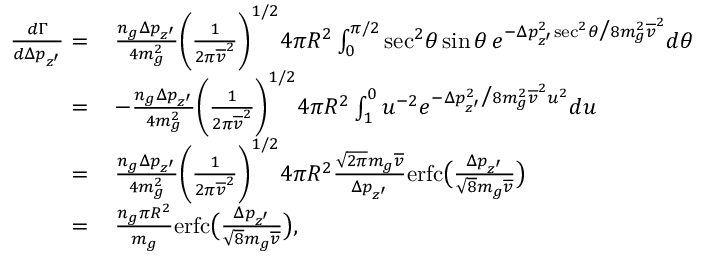
\begin{array} { r l } { \frac { d \Gamma } { d \Delta p _ { z ^ { \prime } } } = } & { \, \frac { n _ { g } \Delta p _ { z ^ { \prime } } } { 4 m _ { g } ^ { 2 } } \bigg ( \frac { 1 } { 2 \pi \overline { { v } } ^ { 2 } } \bigg ) ^ { 1 / 2 } 4 \pi R ^ { 2 } \int _ { 0 } ^ { \pi / 2 } \mathrm { s e c } ^ { 2 } \theta \, \mathrm { s i n } \, \theta \, e ^ { - \Delta p _ { z ^ { \prime } } ^ { 2 } \mathrm { s e c } ^ { 2 } \theta \big / 8 m _ { g } ^ { 2 } \overline { { v } } ^ { 2 } } d \theta } \\ { = } & { \, - \frac { n _ { g } \Delta p _ { z ^ { \prime } } } { 4 m _ { g } ^ { 2 } } \bigg ( \frac { 1 } { 2 \pi \overline { { v } } ^ { 2 } } \bigg ) ^ { 1 / 2 } 4 \pi R ^ { 2 } \int _ { 1 } ^ { 0 } u ^ { - 2 } e ^ { - \Delta p _ { z ^ { \prime } } ^ { 2 } \big / 8 m _ { g } ^ { 2 } \overline { { v } } ^ { 2 } u ^ { 2 } } d u } \\ { = } & { \, \frac { n _ { g } \Delta p _ { z ^ { \prime } } } { 4 m _ { g } ^ { 2 } } \bigg ( \frac { 1 } { 2 \pi \overline { { v } } ^ { 2 } } \bigg ) ^ { 1 / 2 } 4 \pi R ^ { 2 } \frac { \sqrt { 2 \pi } m _ { g } \overline { { v } } } { \Delta p _ { z ^ { \prime } } } \mathrm { e r f c } \big ( \frac { \Delta p _ { z ^ { \prime } } } { \sqrt { 8 } m _ { g } \overline { { v } } } \big ) } \\ { = } & { \, \frac { n _ { g } \pi R ^ { 2 } } { m _ { g } } \mathrm { e r f c } \big ( \frac { \Delta p _ { z ^ { \prime } } } { \sqrt { 8 } m _ { g } \overline { { v } } } \big ) , } \end{array}